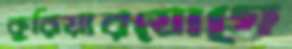
কুরিয়ারযোগে